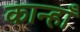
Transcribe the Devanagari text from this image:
कान्हाँ